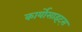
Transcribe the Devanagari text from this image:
कार्योसाइट्स